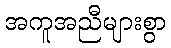
အကူအညီများစွာ